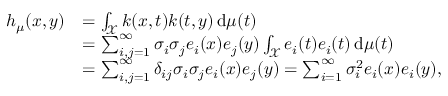
\begin{array} { r l } { h _ { \mu } ( x , y ) } & { = \int _ { \mathcal { X } } k ( x , t ) k ( t , y ) \, \mathrm { d } \mu ( t ) } \\ & { = \sum _ { i , j = 1 } ^ { \infty } \sigma _ { i } \sigma _ { j } e _ { i } ( x ) e _ { j } ( y ) \int _ { \mathcal { X } } e _ { i } ( t ) e _ { i } ( t ) \, \mathrm { d } \mu ( t ) } \\ & { = \sum _ { i , j = 1 } ^ { \infty } \delta _ { i j } \sigma _ { i } \sigma _ { j } e _ { i } ( x ) e _ { j } ( y ) = \sum _ { i = 1 } ^ { \infty } \sigma _ { i } ^ { 2 } e _ { i } ( x ) e _ { i } ( y ) , } \end{array}